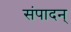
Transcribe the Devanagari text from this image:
संपादन्